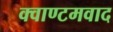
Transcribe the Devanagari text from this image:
क्वाण्टमवाद